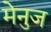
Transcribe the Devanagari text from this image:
मेनुज